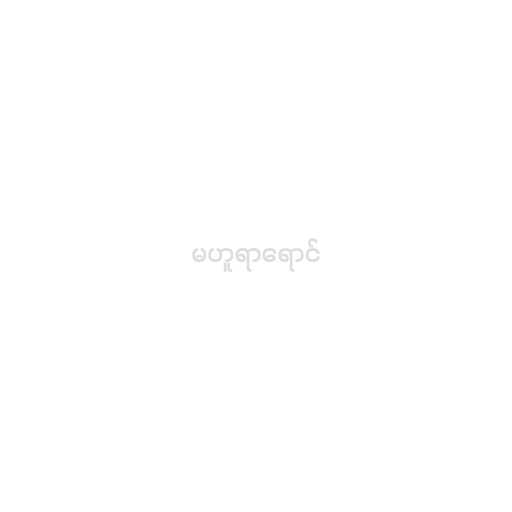
မဟူရာရောင်